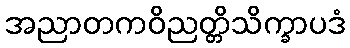
အညာတကဝိညတ္တိသိက္ခာပဒံ